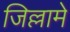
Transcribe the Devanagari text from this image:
जिल्लामे